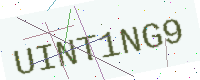
Text: UINT1NG9